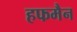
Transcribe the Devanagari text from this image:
हफमैन